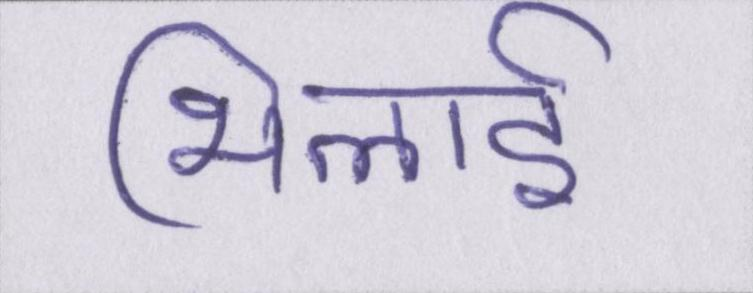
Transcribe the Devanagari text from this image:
भिलाई